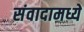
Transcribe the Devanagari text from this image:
संवादामध्ये